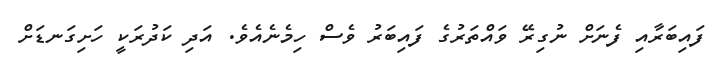
ފައިބަރާއި ފެނަށް ނުގިރޭ ވައްތަރުގެ ފައިބަރު ވެސް ހިމެނެއެވެ. އަދި ކަދުރަކީ ހަށިގަނޑަށް